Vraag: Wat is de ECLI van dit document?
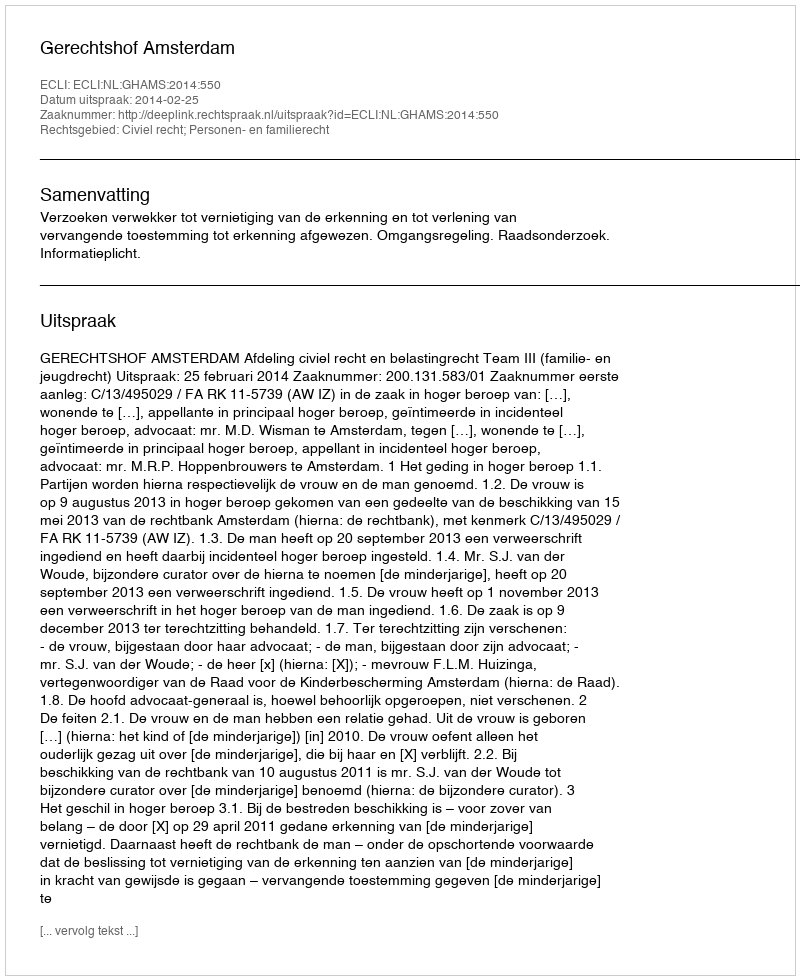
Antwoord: ECLI:NL:GHAMS:2014:550